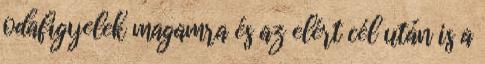
odafigyelek magamra és az elért cél után is a